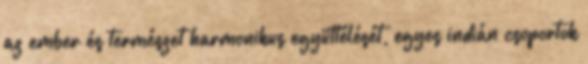
az ember és természet harmonikus együttélését, egyes indián csoportok